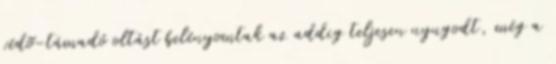
védõ-támadó oltást belényomtak az addig teljesen nyugodt, még a